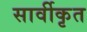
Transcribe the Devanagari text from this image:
सार्वीकृत